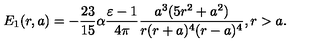
E _ { 1 } ( r , a ) = - \frac { 2 3 } { 1 5 } \alpha \frac { \varepsilon - 1 } { 4 \pi } \frac { a ^ { 3 } ( 5 r ^ { 2 } + a ^ { 2 } ) } { r ( r + a ) ^ { 4 } ( r - a ) ^ { 4 } } , r > a .